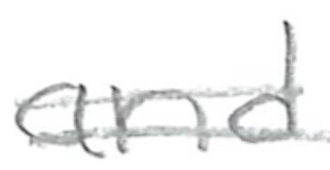
Text: and
Cross-out: double-line
Writing tool: pencil